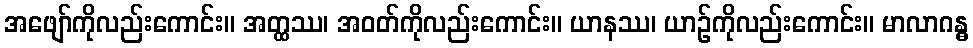
အဖျော်ကိုလည်းကောင်း။ အတ္ထဿ၊ အဝတ်ကိုလည်းကောင်း။ ယာနဿ၊ ယာဉ်ကိုလည်းကောင်း။ မာလာဂန္ဓ